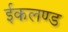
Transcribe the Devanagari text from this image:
ईकलण्ड